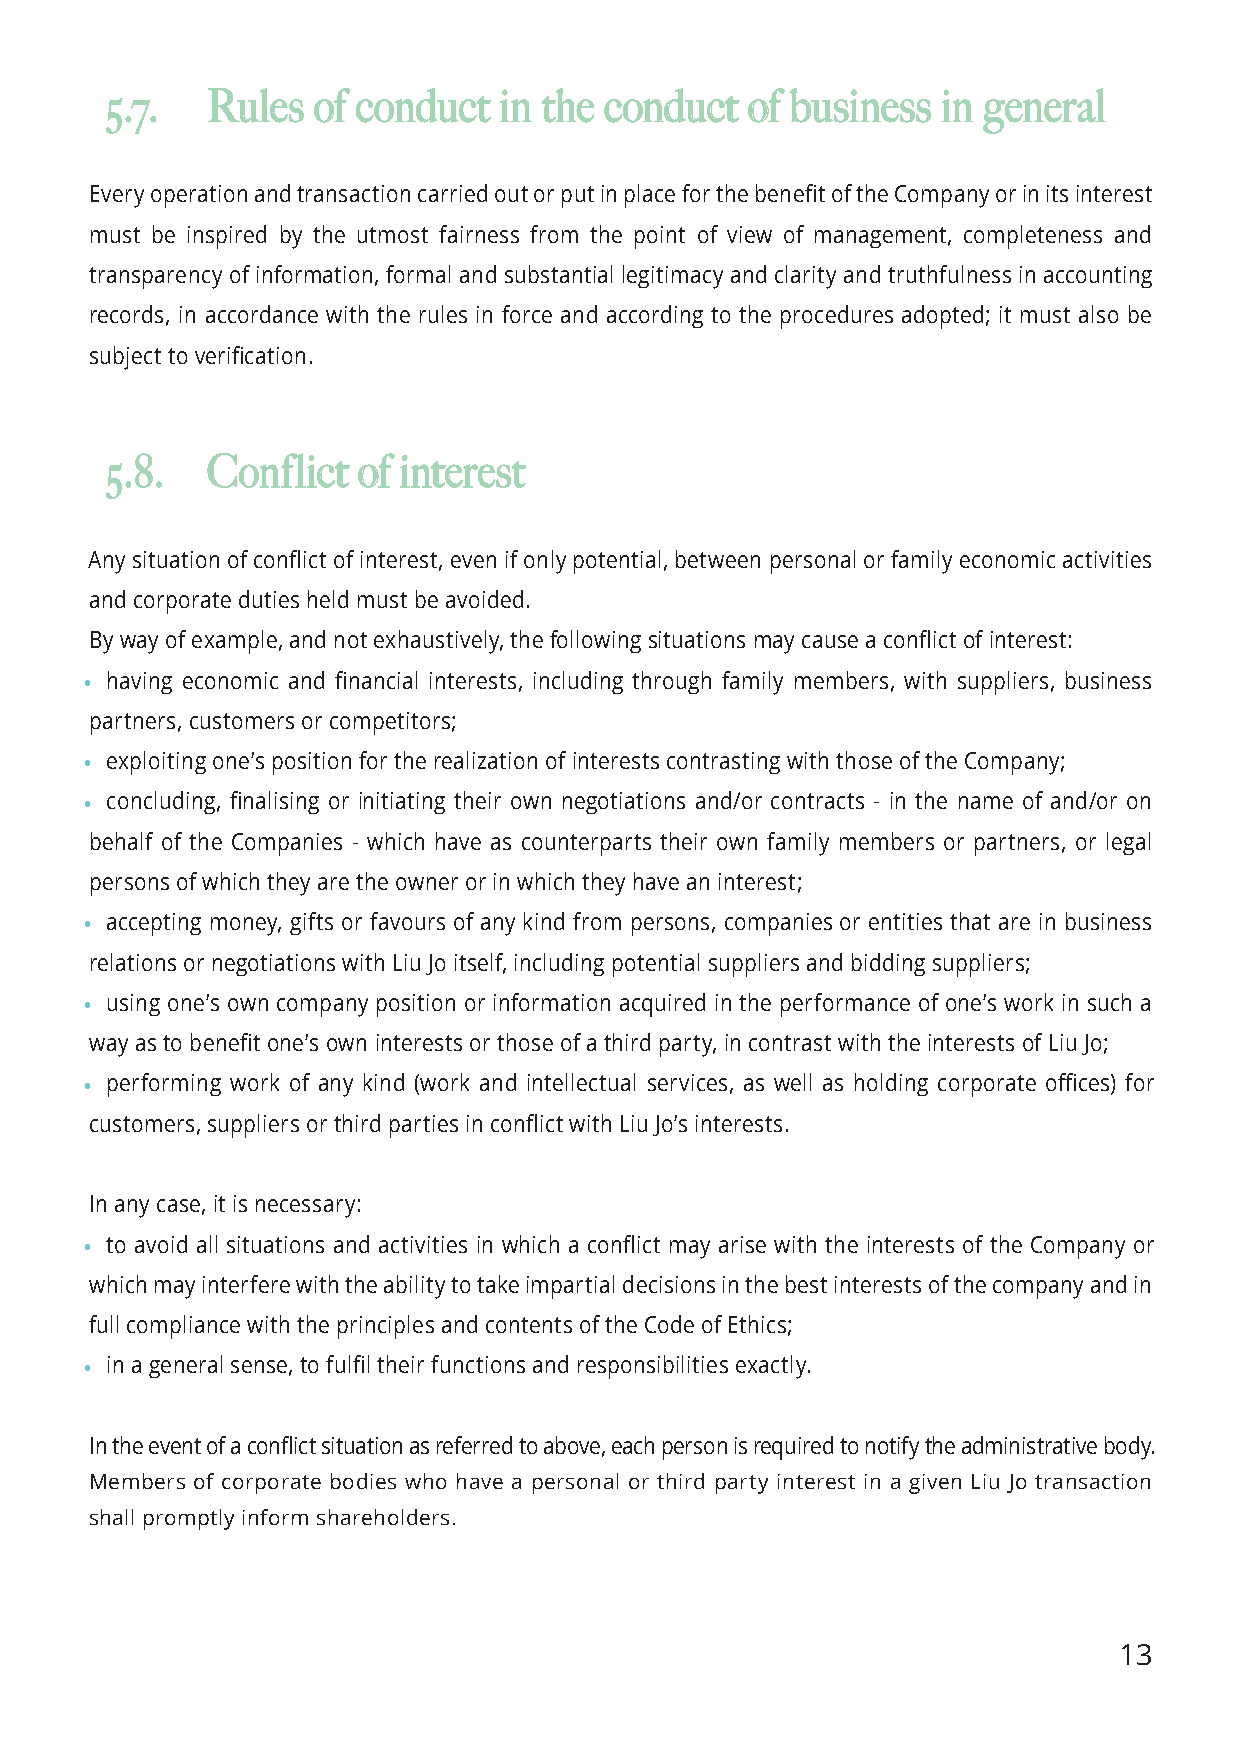
55..77.. RRuulleess ooff ccoonndduucctt iinn tthhee ccoonndduucctt ooff bbuussiinneessss iinn ggeenneerraall
 Every operation and transaction carried out or put in place for the benefit of the Company or in its interest
 must be inspired by the utmost fairness from the point of view of management, completeness and
 transparency of information, formal and substantial legitimacy and clarity and truthfulness in accounting
 records, in accordance with the rules in force and according to the procedures adopted; it must also be
 subject to verification.
 55..88.. CCoonnfflliicctt ooff iinntteerreesstt
 Any situation of conflict of interest, even if only potential, between personal or family economic activities
 and corporate duties held must be avoided.
 By way of example, and not exhaustively, the following situations may cause a conflict of interest:
 • having economic and financial interests, including through family members, with suppliers, business
 partners, customers or competitors;
 • exploiting one’s position for the realization of interests contrasting with those of the Company;
 • concluding, finalising or initiating their own negotiations and/or contracts - in the name of and/or on
 behalf of the Companies - which have as counterparts their own family members or partners, or legal
 persons of which they are the owner or in which they have an interest;
 • accepting money, gifts or favours of any kind from persons, companies or entities that are in business
 relations or negotiations with Liu Jo itself, including potential suppliers and bidding suppliers;
 • using one’s own company position or information acquired in the performance of one’s work in such a
 way as to benefit one’s own interests or those of a third party, in contrast with the interests of Liu Jo;
 • performing work of any kind (work and intellectual services, as well as holding corporate offices) for
 customers, suppliers or third parties in conflict with Liu Jo’s interests.
 In any case, it is necessary:
 • to avoid all situations and activities in which a conflict may arise with the interests of the Company or
 which may interfere with the ability to take impartial decisions in the best interests of the company and in
 full compliance with the principles and contents of the Code of Ethics;
 • in a general sense, to fulfil their functions and responsibilities exactly.
 In the event of a conflict situation as referred to above, each person is required to notify the administrative body.
 Members of corporate bodies who have a personal or third party interest in a given Liu Jo transaction
 shall promptly inform shareholders.
 13